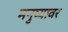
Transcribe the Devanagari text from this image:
मनुष्यावर